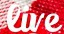
live